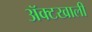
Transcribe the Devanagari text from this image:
ॲक्टखाली